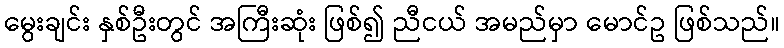
မွေးချင်း နှစ်ဦးတွင် အကြီးဆုံး ဖြစ်၍ ညီငယ် အမည်မှာ မောင်ဥ ဖြစ်သည်။